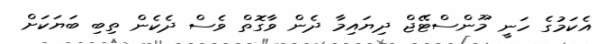
އެކަމުގެ ހަނީ މޫންސްޓޭޖް ދިޔައިމާ ދެން ވާގޮތް ވެސް ދެކެން ތިބި ބަޔަކަށް